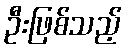
ဦးဖြစ်သည့်